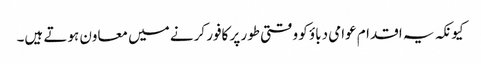
کیونکہ یہ اقدام عوامی دباؤ کو وقتی طور پر کافور کرنے میں معاون ہوتے ہیں۔